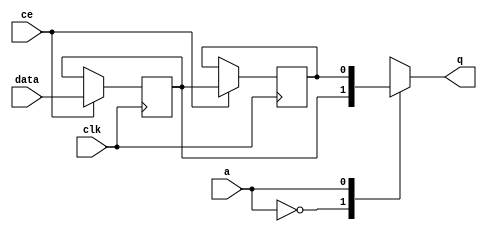
// ==============================================================
// Vivado(TM) HLS - High-Level Synthesis from C, C++ and SystemC v2019.2 (64-bit)
// Copyright 1986-2019 Xilinx, Inc. All Rights Reserved.
// ==============================================================

`timescale 1 ns / 1 ps

module start_for_zeropad2d_cl_ss_ap_fixed_ap_fixed_config38_U0_shiftReg (
    clk,
    data,
    ce,
    a,
    q);

parameter DATA_WIDTH = 32'd1;
parameter ADDR_WIDTH = 32'd1;
parameter DEPTH = 2'd2;

input clk;
input [DATA_WIDTH-1:0] data;
input ce;
input [ADDR_WIDTH-1:0] a;
output [DATA_WIDTH-1:0] q;

reg[DATA_WIDTH-1:0] SRL_SIG [0:DEPTH-1];
integer i;

always @ (posedge clk)
    begin
        if (ce)
        begin
            for (i=0;i<DEPTH-1;i=i+1)
                SRL_SIG[i+1] <= SRL_SIG[i];
            SRL_SIG[0] <= data;
        end
    end

assign q = SRL_SIG[a];

endmodule

module start_for_zeropad2d_cl_ss_ap_fixed_ap_fixed_config38_U0 (
    clk,
    reset,
    if_empty_n,
    if_read_ce,
    if_read,
    if_dout,
    if_full_n,
    if_write_ce,
    if_write,
    if_din);

parameter MEM_STYLE   = "shiftreg";
parameter DATA_WIDTH  = 32'd1;
parameter ADDR_WIDTH  = 32'd1;
parameter DEPTH       = 2'd2;

input clk;
input reset;
output if_empty_n;
input if_read_ce;
input if_read;
output[DATA_WIDTH - 1:0] if_dout;
output if_full_n;
input if_write_ce;
input if_write;
input[DATA_WIDTH - 1:0] if_din;

wire[ADDR_WIDTH - 1:0] shiftReg_addr ;
wire[DATA_WIDTH - 1:0] shiftReg_data, shiftReg_q;
wire                     shiftReg_ce;
reg[ADDR_WIDTH:0] mOutPtr = ~{(ADDR_WIDTH+1){1'b0}};
reg internal_empty_n = 0;
reg internal_full_n = 1;

assign if_full_n = internal_full_n;
assign if_empty_n = internal_empty_n;
assign shiftReg_data = if_din;
assign if_dout = shiftReg_q;

always @ (posedge clk) begin
    if (reset == 1'b1)
    begin
        mOutPtr <= ~{ADDR_WIDTH+1{1'b0}};
        internal_empty_n <= 1'b0;
        internal_full_n <= 1'b1;
    end
    else begin
        if (((if_read & if_read_ce) == 1 & internal_empty_n == 1) && 
            ((if_write & if_write_ce) == 0 | internal_full_n == 0))
        begin
            mOutPtr <= mOutPtr - 2'd1;
            if (mOutPtr == 2'd0)
                internal_empty_n <= 1'b0;
            internal_full_n <= 1'b1;
        end 
        else if (((if_read & if_read_ce) == 0 | internal_empty_n == 0) && 
            ((if_write & if_write_ce) == 1 & internal_full_n == 1))
        begin
            mOutPtr <= mOutPtr + 2'd1;
            internal_empty_n <= 1'b1;
            if (mOutPtr == DEPTH - 2'd2)
                internal_full_n <= 1'b0;
        end 
    end
end

assign shiftReg_addr = mOutPtr[ADDR_WIDTH] == 1'b0 ? mOutPtr[ADDR_WIDTH-1:0]:{ADDR_WIDTH{1'b0}};
assign shiftReg_ce = (if_write & if_write_ce) & internal_full_n;

start_for_zeropad2d_cl_ss_ap_fixed_ap_fixed_config38_U0_shiftReg 
#(
    .DATA_WIDTH(DATA_WIDTH),
    .ADDR_WIDTH(ADDR_WIDTH),
    .DEPTH(DEPTH))
U_start_for_zeropad2d_cl_ss_ap_fixed_ap_fixed_config38_U0_ram (
    .clk(clk),
    .data(shiftReg_data),
    .ce(shiftReg_ce),
    .a(shiftReg_addr),
    .q(shiftReg_q));

endmodule